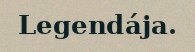
Legendája.